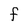
Character: F